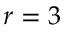
r = 3